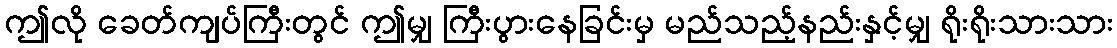
ဤလို ခေတ်ကျပ်ကြီးတွင် ဤမျှ ကြီးပွားနေခြင်းမှ မည်သည့်နည်းနှင့်မျှ ရိုးရိုးသားသား